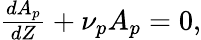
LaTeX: \begin{array}{r}{\frac{dA_{p}}{dZ}+\nu_{p}A_{p}=0,}\end{array}